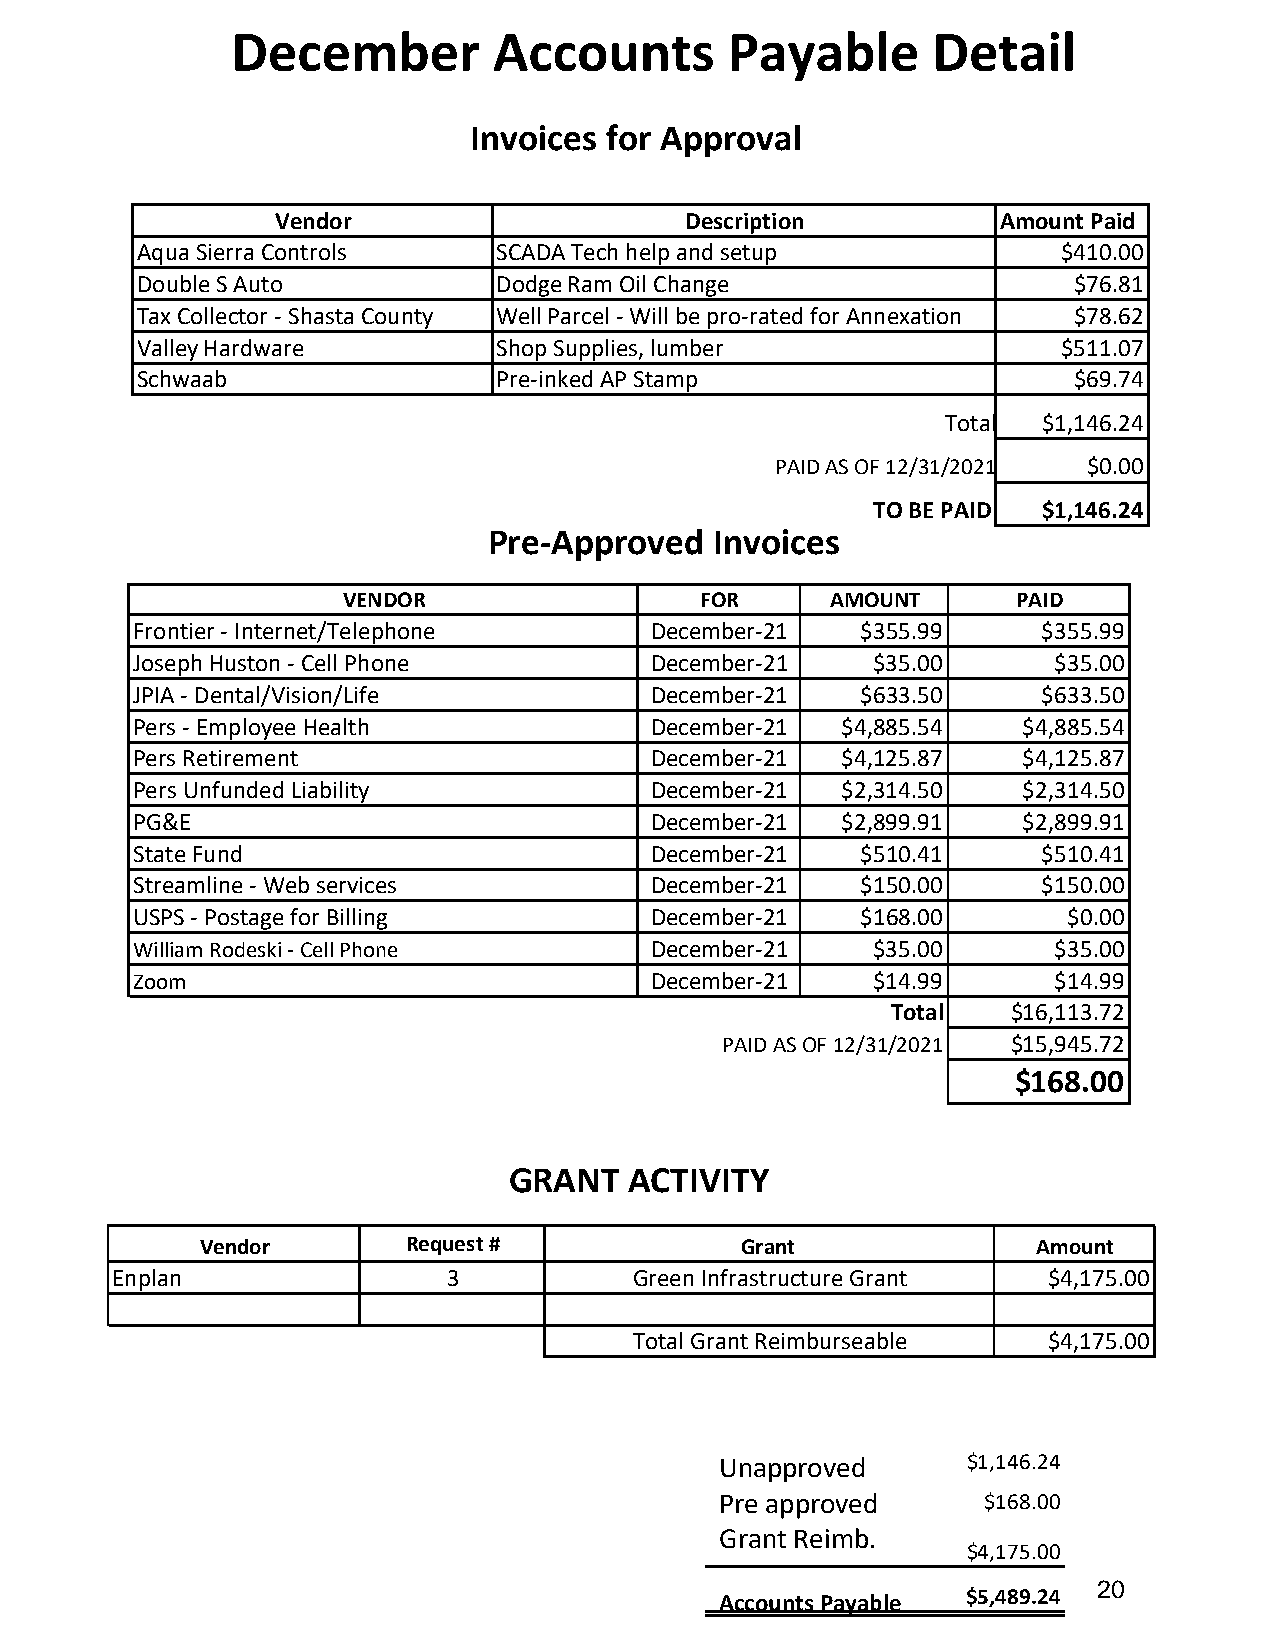
December          Accounts       Payable       Detail
 Invoices for Approval
 Vendor                     Description          Amount Paid
 Aqua Sierra Controls    SCADA Tech help and setup            $410.00
 Double S Auto           Dodge Ram Oil Change                  $76.81
 Tax Collector - Shasta County Well Parcel - Will be pro-rated for Annexation $78.62
 Valley Hardware         Shop Supplies, lumber                $511.07
 Schwaab                 Pre-inked AP Stamp                    $69.74
 Total $1,146.24
 PAID AS OF 12/31/2021 $0.00
 TO BE PAID $1,146.24
 Pre-Approved   Invoices
 VENDOR                 FOR      AMOUNT      PAID
 Frontier - Internet/Telephone     December-21   $355.99     $355.99
 Joseph Huston - Cell Phone        December-21    $35.00      $35.00
 JPIA - Dental/Vision/Life         December-21   $633.50     $633.50
 Pers - Employee Health            December-21  $4,885.54   $4,885.54
 Pers Retirement                   December-21  $4,125.87   $4,125.87
 Pers Unfunded Liability           December-21  $2,314.50   $2,314.50
 PG&E                              December-21  $2,899.91   $2,899.91
 State Fund                        December-21   $510.41     $510.41
 Streamline - Web services         December-21   $150.00     $150.00
 USPS - Postage for Billing        December-21   $168.00       $0.00
 William Rodeski - Cell Phone      December-21    $35.00      $35.00
 Zoom                              December-21    $14.99      $14.99
 Total   $16,113.72
 PAID AS OF 12/31/2021 $15,945.72
 $168.00
 GRANT   ACTIVITY
 Vendor        Request #             Grant               Amount
 Enplan                 3           Green Infrastructure Grant $4,175.00
 Total Grant Reimburseable  $4,175.00
 Unapproved      $1,146.24
 Pre approved     $168.00
 Grant Reimb.
 $4,175.00
 20
 Accounts Payable $5,489.24